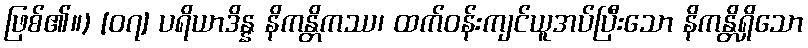
ဖြစ်၏။) [၀၇] ပရိယာဒိန္န နိကန္တိကဿ၊ ထက်ဝန်းကျင်ယူအပ်ပြီးသော နိကန္တိရှိသော